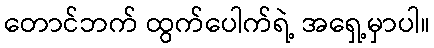
တောင်ဘက် ထွက်ပေါက်ရဲ့ အရှေ့မှာပါ။